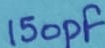
Text: 150pF